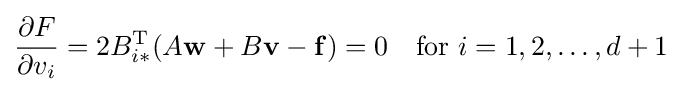
{\frac {\partial F}{\partial v_{i}}}=2B_{i*}^{\textrm {T}}(A\mathbf {w} +B\mathbf {v} -\mathbf {f} )=0\quad {\textrm {for}}\ i=1,2,\ldots ,d+1